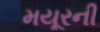
મયૂરની